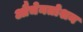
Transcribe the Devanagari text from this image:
औचेनतोशन